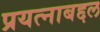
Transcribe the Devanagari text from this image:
प्रयत्नाबद्दल